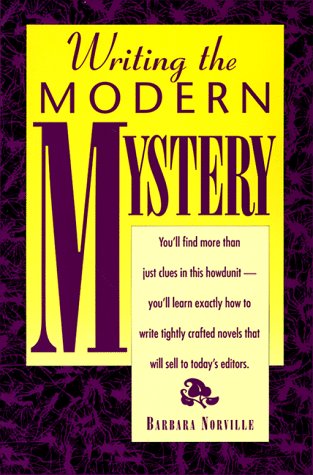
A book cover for Writing the Modern Mystery (Genre Writing Series); Barbara Norville; Mystery, Thriller & Suspense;